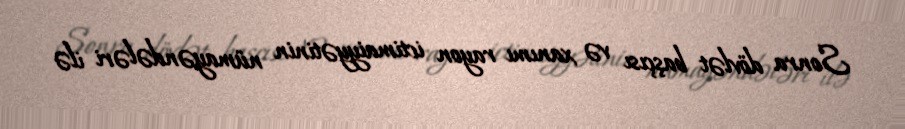
Sonra dövlət başçısı və xanımı rayon ictimaiyyətinin nümayəndələri ilə